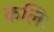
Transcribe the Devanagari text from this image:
कलिः